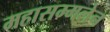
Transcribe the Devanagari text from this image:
महासम्मलेन